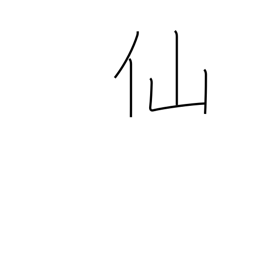
Meaning: cent